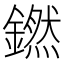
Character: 𬬊